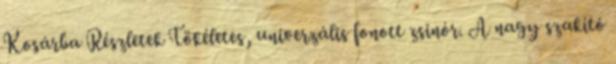
Kosárba Részletek Tökéletes, univerzális fonott zsinór. A nagy szakító